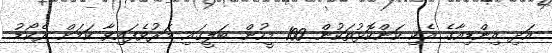
އަދި އިންޑިއާގެ އެކި ކަންކޮޅުތަކުން 100 މީހުން ބަލީގައި މަރުވެފައިވާ ކަމަށް ރެކޯޑު